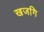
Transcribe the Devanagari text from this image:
खजगि